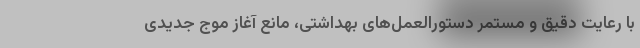
با رعایت دقیق و مستمر دستورالعمل‌های بهداشتی، مانعِ آغاز موج جدیدی